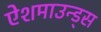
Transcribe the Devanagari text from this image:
ऐशमाउन्ड्स